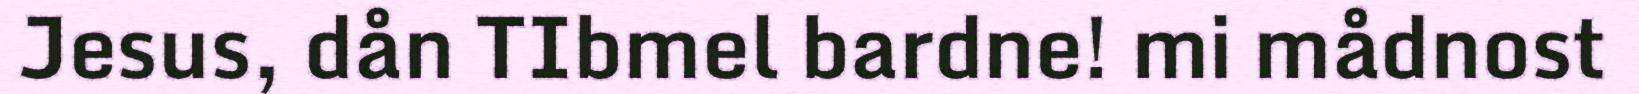
Jesus, dån TIbmel bardne! mi mådnost